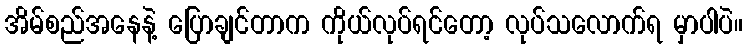
အိမ်စည်အနေနဲ့ ပြောချင်တာက ကိုယ်လုပ်ရင်တော့ လုပ်သလောက်ရ မှာပါပဲ။